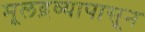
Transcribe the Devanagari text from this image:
मूलद्रव्यापासून